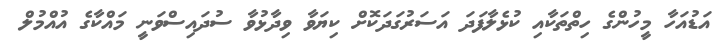
އަޑުއަހާ މީހުންގެ ހިތްތަކާއި ކުޅެލާފަދަ އަސަރުގަދަކޮށް ކިޔަވާ ވިދާޅުވާ ސުދައިސްވަނީ މައްކާގެ އުއްމުލް